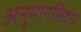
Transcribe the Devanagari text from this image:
अनुमानसिद्ध